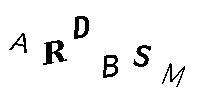
ARDBSM